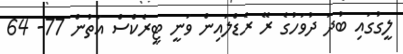
ލީގުގައި ބުދަ ދުވަހުގެ ރޭ ރެޑްލައިން ވަނީ ޓީރެކްސް އަތުން 77- 64